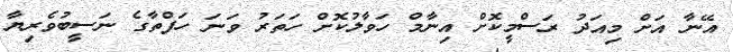
އޭނާ އަށް މިއަދު ރަސްމީކޮށް އިނާމް ހަވާލުކޮށް ހަތަރު ވަނަ ހަފްތާގެ ނަސީބުވެރިޔާ